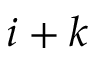
i + k